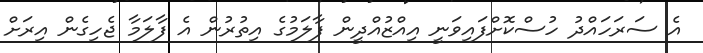
އެ ސަރަހައްދު ހުސްކޮށްފައިވަނީ އިއްޒުއްދީން ފާލަމުގެ އިތުރުން އެ ފާލަމާ ޖެހިގެން އިރަށް